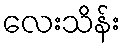
လေးသိန်း